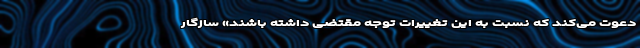
دعوت می‌کند که نسبت به این تغییرات توجه مقتضی داشته باشند» سازگار